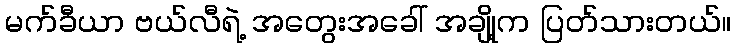
မက်ခီယာ ဗယ်လီရဲ့ အတွေးအခေါ် အချို့က ပြတ်သားတယ်။